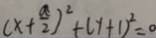
( x + \frac { a } { 2 } ) ^ { 2 } + ( y + 1 ) ^ { 2 } = 0